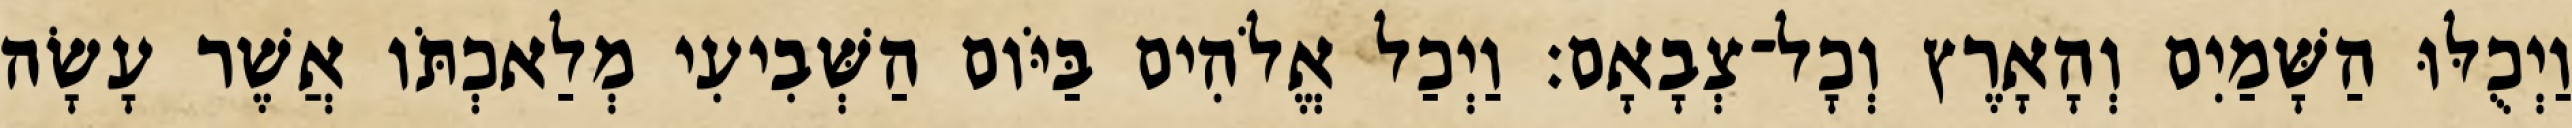
וַיְכֻלּוּ הַשָּׁמַיִם וְהָאָרֶץ וְכָל־צְבָאָם׃ וַיְכַל אֱלֹהִים בַּיֹּום הַשְּׁבִיעִי מְלַאכְתֹּו אֲשֶׁר עָשָׂה